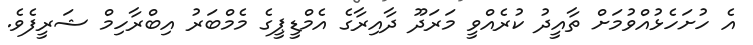
އެ ހުށަހެޅުއްވުމަށް ތާއީދު ކުރެއްވީ މަރަދޫ ދާއިރާގެ އެމްޑީޕީގެ މެމްބަރު އިބްރާހިމް ޝަރީފެވެ.